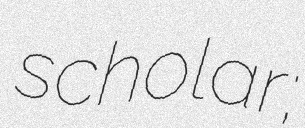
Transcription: scholar;